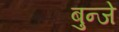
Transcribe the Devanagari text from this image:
बुन्जे